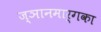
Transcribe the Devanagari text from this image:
ज्ञानमार्गका